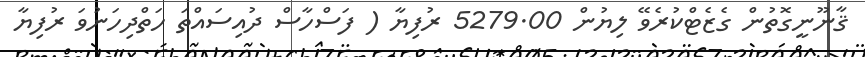
ޤާނޫނީގޮތުން ގެޒެޓްކުރެވޭ ލިޔުން 5279.00 ރުފިޔާ ( ފަސްހާސް ދުއިސައްތަ ހަތްދިހަނުވަ ރުފިޔާ